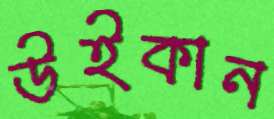
উইকান